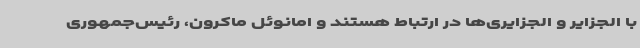
با الجزایر و الجزایری‌ها در ارتباط هستند و امانوئل ماکرون، رئیس‌جمهوری